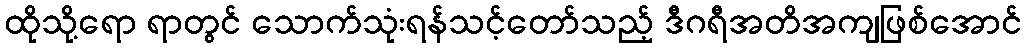
ထိုသို့ရော ရာတွင် သောက်သုံးရန်သင့်တော်သည့် ဒီဂရီအတိအကျဖြစ်အောင်